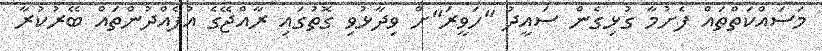
މަސައްކަތްތައް ފެށުމާ ގުޅިގެން ސައީދު "ހަވީރަ"ށް ވިދާޅުވި ގޮތުގައި ރާއްޖޭގެ އުފެއްދުންތައް ބޭރުކުރާ